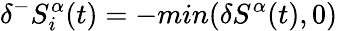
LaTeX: \delta^{-}S_{i}^{\alpha}(t)=-min(\delta S^{\alpha}(t),0)